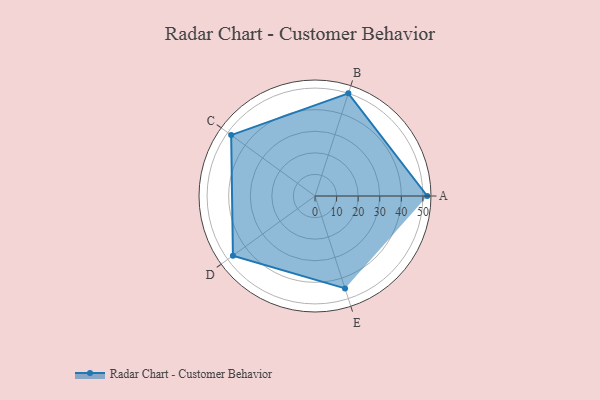
{"axis": {"x": "Skill", "y": "Score"}, "legend": ["Profile"], "data": [{"x": "A", "y": 52.0, "type": "Profile"}, {"x": "B", "y": 50.0, "type": "Profile"}, {"x": "C", "y": 48.0, "type": "Profile"}, {"x": "D", "y": 47.0, "type": "Profile"}, {"x": "E", "y": 45.0, "type": "Profile"}]}